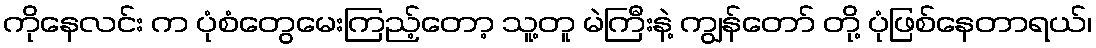
ကိုနေလင်း က ပုံစံတွေမေးကြည့်တော့ သူ့တူ မဲကြီးနဲ့ ကျွန်တော် တို့ ပုံဖြစ်နေတာရယ်၊